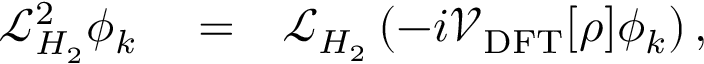
\begin{array} { r l r } { \mathcal { L } _ { H _ { 2 } } ^ { 2 } \phi _ { k } } & { { } = } & { \mathcal { L } _ { H _ { 2 } } \left( - i \mathcal { V } _ { \mathrm { D F T } } [ \rho ] \phi _ { k } \right) , } \end{array}